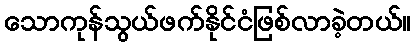
သောကုန်သွယ်ဖက်နိုင်ငံဖြစ်လာခဲ့တယ်။